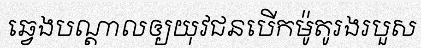
ឆ្វេងបណ្តាលឲ្យយុវជនបើកម៉ូតូរងរបួស